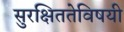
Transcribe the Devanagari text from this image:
सुरक्षिततेविषयी